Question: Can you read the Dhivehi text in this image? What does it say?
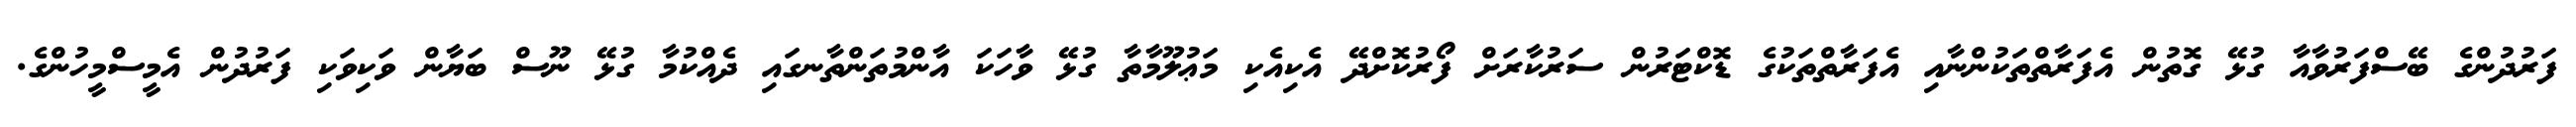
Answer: ފަރުދުންގެ ބޭސްފަރުވާއާ ގުޅޭ ގޮތުން އެފަރާތްތަކުންނާއި އެފަރާތްތަކުގެ ޑޮކްޓަރުން ސަރުކާރަށް ފޯރުކޮށްދޭ އެކިއެކި މަޢުލޫމާތާ ގުޅޭ ވާހަކަ އާންމުތަންތާނގައި ދެއްކުމާ ގުޅޭ ނޫސް ބަޔާން ވަކިވަކި ފަރުދުން އެމީސްމީހުންގެ.